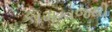
કામકાજથી